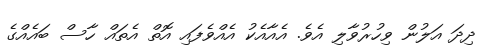
ދިދަ އަލުން ވިހުރުވާލި އެވެ. އެއާއެކު އެއްވެފައި އޮތް އެތައް ހާސް ބައެއްގެ